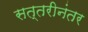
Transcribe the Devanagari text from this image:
सत्तरीनंतर